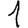
Digit: 1